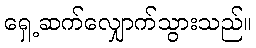
ရှေ့ဆက်လျှောက်သွားသည်။